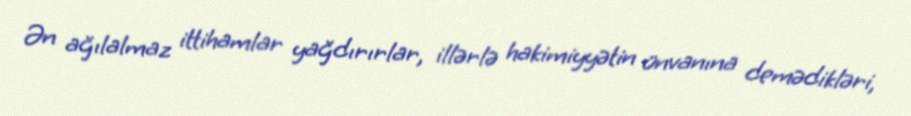
Ən ağılalmaz ittihamlar yağdırırlar, illərlə hakimiyyətin ünvanına demədikləri,